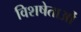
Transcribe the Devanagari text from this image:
विशषेताओं